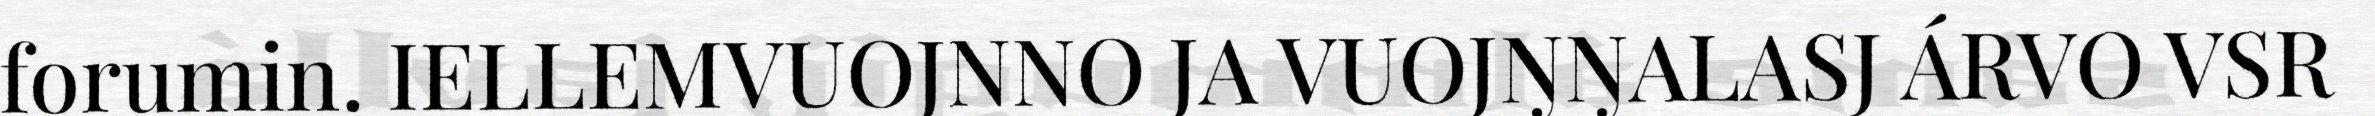
forumin. IELLEMVUOJNNO JA VUOJŊŊALASJ ÁRVO VSR